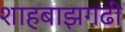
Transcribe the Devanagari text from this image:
शाहबाझगढी